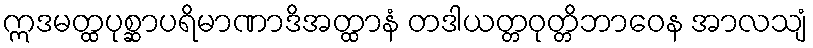
ဣဒမတ္ထပုစ္ဆာပရိမာဏာဒိအတ္ထာနံ တဒါယတ္တဝုတ္တိဘာဝေန အာလသျံ